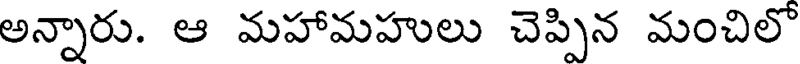
అన్నారు. ఆ మహామహులు చెప్పిన మంచిలో